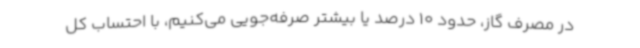
در مصرف گاز، حدود 10 درصد یا بیشتر صرفه‌جویی می‌کنیم، با احتساب کل